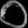
Digit: ၀